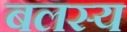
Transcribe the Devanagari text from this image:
बलस्य